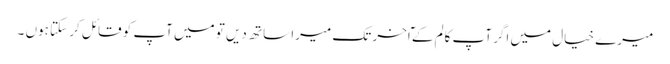
میرے خیال میں اگر آپ کالم کے ٓاخر تک میرا ساتھ دیں تو میں آپ کو قائل کر سکتا ہوں ۔